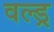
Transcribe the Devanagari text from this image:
वल्ड्र